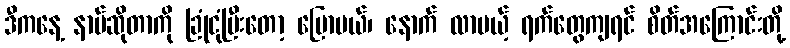
ဒီကနေ့ နာမ်ဆိုတာကို ခြုံငုံပြီးတော့ ပြောမယ်၊ နောက် လာမယ့် ရက်တွေကျရင် စိတ်အကြောင်းတို့